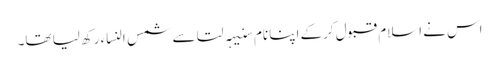
اس نے اسلام قبول کرکے اپنا نام سنیہہ لتا سے شمس النساء رکھ لیا تھا۔